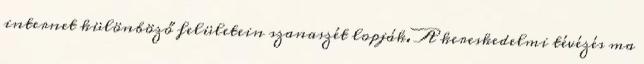
internet különböző felületein szanaszét lopják. A kereskedelmi tévézés ma